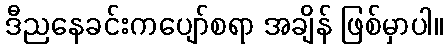
ဒီညနေခင်းကပျော်စရာ အချိန် ဖြစ်မှာပါ။